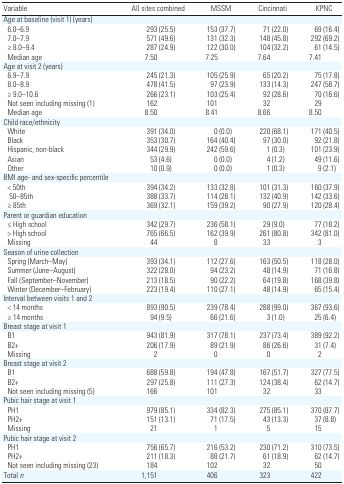
<table><thead><tr><td><b>Variable</b></td><td><b>All sites combined</b></td><td><b>MSSM</b></td><td><b>Cincinnati</b></td><td><b>KPNC</b></td></tr></thead><tbody><tr><td colspan="5">Age at baseline (visit 1) (years)</td></tr><tr><td> 6.0–6.9</td><td>293 (25.5)</td><td>153 (37.7)</td><td>71 (22.0)</td><td>69 (16.4)</td></tr><tr><td> 7.0–7.9</td><td>571 (49.6)</td><td>131 (32.3)</td><td>148 (45.8)</td><td>292 (69.2)</td></tr><tr><td> ≥ 8.0–9.4</td><td>287 (24.9)</td><td>122 (30.0)</td><td>104 (32.2)</td><td>61 (14.5)</td></tr><tr><td> Median age</td><td>7.50</td><td>7.25</td><td>7.64</td><td>7.41</td></tr><tr><td colspan="5">Age at visit 2 (years)</td></tr><tr><td> 6.9–7.9</td><td>245 (21.3)</td><td>105 (25.9)</td><td>65 (20.2)</td><td>75 (17.8)</td></tr><tr><td> 8.0–8.9</td><td>478 (41.5)</td><td>97 (23.9)</td><td>133 (14.3)</td><td>247 (58.7)</td></tr><tr><td> ≥ 9.0–10.6</td><td>266 (23.1)</td><td>103 (25.4)</td><td>92 (28.6)</td><td>70 (16.6)</td></tr><tr><td> Not seen including missing (1)</td><td>162</td><td>101</td><td>32</td><td>29</td></tr><tr><td> Median age</td><td>8.50</td><td>8.41</td><td>8.66</td><td>8.50</td></tr><tr><td colspan="5">Child race/ethnicity</td></tr><tr><td> White</td><td>391 (34.0)</td><td>0 (0.0)</td><td>220 (68.1)</td><td>171 (40.5)</td></tr><tr><td> Black</td><td>353 (30.7)</td><td>164 (40.4)</td><td>97 (30.0)</td><td>92 (21.8)</td></tr><tr><td> Hispanic, non-black</td><td>344 (29.9)</td><td>242 (59.6)</td><td>1 (0.3)</td><td>101 (23.9)</td></tr><tr><td> Asian</td><td>53 (4.6)</td><td>0 (0.0)</td><td>4 (1.2)</td><td>49 (11.6)</td></tr><tr><td> Other</td><td>10 (0.9)</td><td>0 (0.0)</td><td>1 (0.3)</td><td>9 (2.1)</td></tr><tr><td colspan="5">BMI age- and sex-specific percentile</td></tr><tr><td> &lt; 50th</td><td>394 (34.2)</td><td>133 (32.8)</td><td>101 (31.3)</td><td>160 (37.9)</td></tr><tr><td> 50–85th</td><td>388 (33.7)</td><td>114 (28.1)</td><td>132 (40.9)</td><td>142 (33.6)</td></tr><tr><td> ≥ 85th</td><td>369 (32.1)</td><td>159 (39.2)</td><td>90 (27.9)</td><td>120 (28.4)</td></tr><tr><td colspan="5">Parent or guardian education</td></tr><tr><td> ≤ High school</td><td>342 (29.7)</td><td>236 (58.1)</td><td>29 (9.0)</td><td>77 (18.2)</td></tr><tr><td> &gt; High school</td><td>765 (66.5)</td><td>162 (39.9)</td><td>261 (80.8)</td><td>342 (81.0)</td></tr><tr><td> Missing</td><td>44</td><td>8</td><td>33</td><td>3</td></tr><tr><td colspan="5">Season of urine collection</td></tr><tr><td> Spring (March–May)</td><td>393 (34.1)</td><td>112 (27.6)</td><td>163 (50.5)</td><td>118 (28.0)</td></tr><tr><td> Summer (June–August)</td><td>322 (28.0)</td><td>94 (23.2)</td><td>48 (14.9)</td><td>71 (16.8)</td></tr><tr><td> Fall (September–November)</td><td>213 (18.5)</td><td>90 (22.2)</td><td>64 (19.8)</td><td>168 (39.8)</td></tr><tr><td> Winter (December–February)</td><td>223 (19.4)</td><td>110 (27.1)</td><td>48 (14.9)</td><td>65 (15.4)</td></tr><tr><td colspan="5">Interval between visits 1 and 2</td></tr><tr><td> &lt; 14 months</td><td>893 (90.5)</td><td>239 (78.4)</td><td>288 (99.0)</td><td>367 (93.6)</td></tr><tr><td> ≥ 14 months</td><td>94 (9.5)</td><td>66 (21.6)</td><td>3 (1.0)</td><td>25 (6.4)</td></tr><tr><td colspan="5">Breast stage at visit 1</td></tr><tr><td> B1</td><td>943 (81.9)</td><td>317 (78.1)</td><td>237 (73.4)</td><td>389 (92.2)</td></tr><tr><td> B2+</td><td>206 (17.9)</td><td>89 (21.9)</td><td>86 (26.6)</td><td>31 (7.4)</td></tr><tr><td> Missing</td><td>2</td><td>0</td><td>0</td><td>2</td></tr><tr><td colspan="5">Breast stage at visit 2</td></tr><tr><td> B1</td><td>688 (59.8)</td><td>194 (47.8)</td><td>167 (51.7)</td><td>327 (77.5)</td></tr><tr><td> B2+</td><td>297 (25.8)</td><td>111 (27.3)</td><td>124 (38.4)</td><td>62 (14.7)</td></tr><tr><td> Not seen including missing (5)</td><td>166</td><td>101</td><td>32</td><td>33</td></tr><tr><td colspan="5">Pubic hair stage at visit 1</td></tr><tr><td> PH1</td><td>979 (85.1)</td><td>334 (82.3)</td><td>275 (85.1)</td><td>370 (87.7)</td></tr><tr><td> PH2+</td><td>151 (13.1)</td><td>71 (17.5)</td><td>43 (13.3)</td><td>37 (8.8)</td></tr><tr><td> Missing</td><td>21</td><td>1</td><td>5</td><td>15</td></tr><tr><td colspan="5">Pubic hair stage at visit 2</td></tr><tr><td> PH1</td><td>756 (65.7)</td><td>216 (53.2)</td><td>230 (71.2)</td><td>310 (73.5)</td></tr><tr><td> PH2+</td><td>211 (18.3)</td><td>88 (21.7)</td><td>61 (18.9)</td><td>62 (14.7)</td></tr><tr><td> Not seen including missing (23)</td><td>184</td><td>102</td><td>32</td><td>50</td></tr><tr><td>Total <i>n</i></td><td>1,151</td><td>406</td><td>323</td><td>422</td></tr></tbody></table>